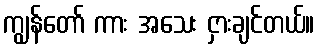
ကျွန်တော် ကား အသေး ငှားချင်တယ်။